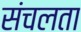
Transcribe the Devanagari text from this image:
संचलता